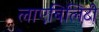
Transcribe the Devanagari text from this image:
लाएबिलिटी